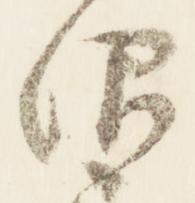
仰